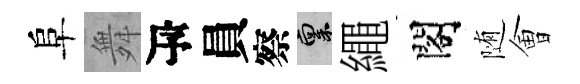
阜舞瓴員察禀繩閣随㑹